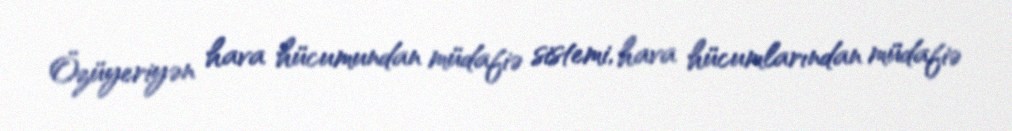
Özüyeriyən hava hücumundan müdafiə sistemi, hava hücumlarından müdafiə